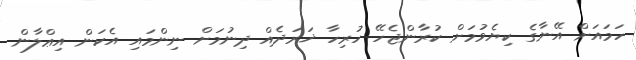
ހަމައަށް އޭނާގެ ކިޔެވުމަށް ކުރާންޖެހޭ ހުރިހާ ޚަރަދެއް ދިނުމަށް ނިންމައި އެކަން އިޢްލާން